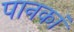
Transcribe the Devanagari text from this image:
पानकां